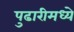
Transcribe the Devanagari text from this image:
पुढारीमध्ये